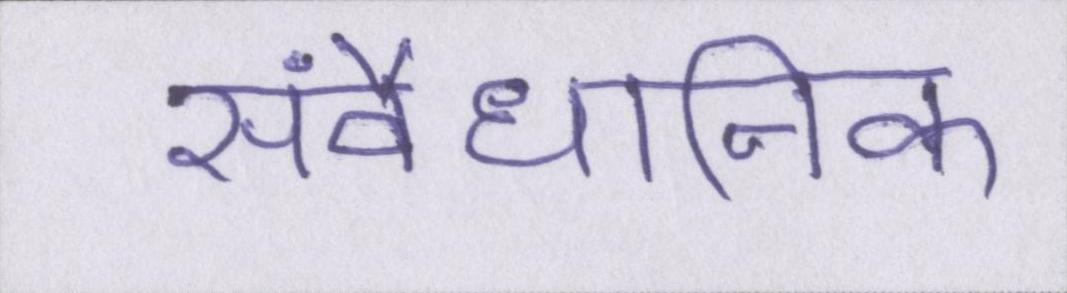
संवैधानिक